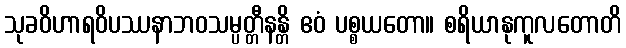
သုခဝိဟာရဝိပဿနာဘဝသမ္ပတ္တီနန္တိ ဧဝံ ပစ္စယတော။ စရိယာနုကူလတောတိ